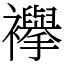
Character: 襷